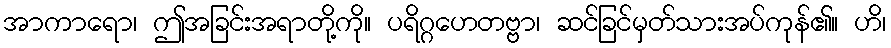
အာကာရော၊ ဤအခြင်းအရာတို့ကို။ ပရိဂ္ဂဟေတဗ္ဗာ၊ ဆင်ခြင်မှတ်သားအပ်ကုန်၏။ ဟိ၊